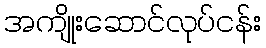
အကျိုးဆောင်လုပ်ငန်း